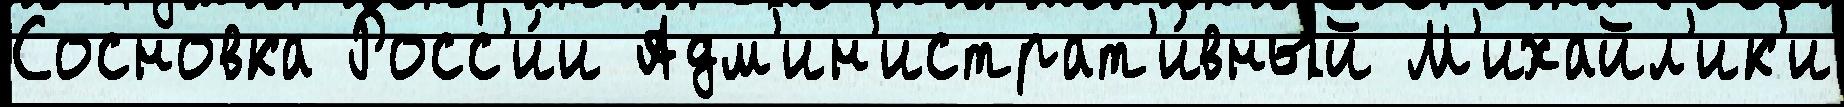
Сосновка Росс'и́и Адм'ин'истрат'и́вный М'ихайл'ик'и